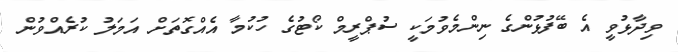
ވިދާޅުވީ އެ ބޭފުޅުންގެ ނިންމެވުމަކީ ސުޕްރީމް ކޯޓުގެ ހުކުމާ އެއްގޮތަށް އަމަލު ކުރެއްވުން